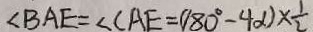
\angle B A E = \angle C A E = ( 1 8 0 ^ { \circ } - 4 \alpha ) \times \frac { 1 } { 2 }